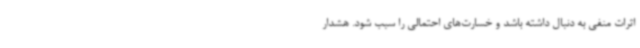
اثرات منفی به دنبال داشته باشد و خسارت‌های احتمالی را سبب شود. هشدار